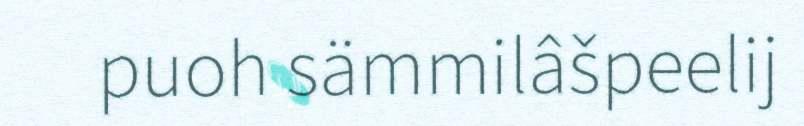
puoh sämmilâšpeelij